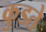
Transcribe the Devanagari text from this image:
कुडते